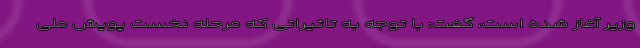
وزیر آغاز شده است، گفت: با توجه به تاثیراتی که مرحله نخست پویش ملی